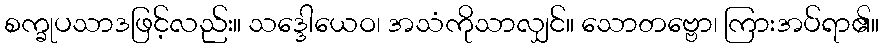
စက္ခုပသာဒဖြင့်လည်း။ သဒ္ဒေါယေဝ၊ အသံကိုသာလျှင်။ သောတဗ္ဗော၊ ကြားအပ်ရာ၏။